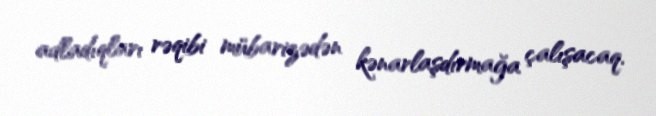
adladıqları rəqibi mübarizədən kənarlaşdırmağa çalışacaq.